Civil Veterinary Department. United Provinces 1912-22 - 1912-1922
Year: 1912
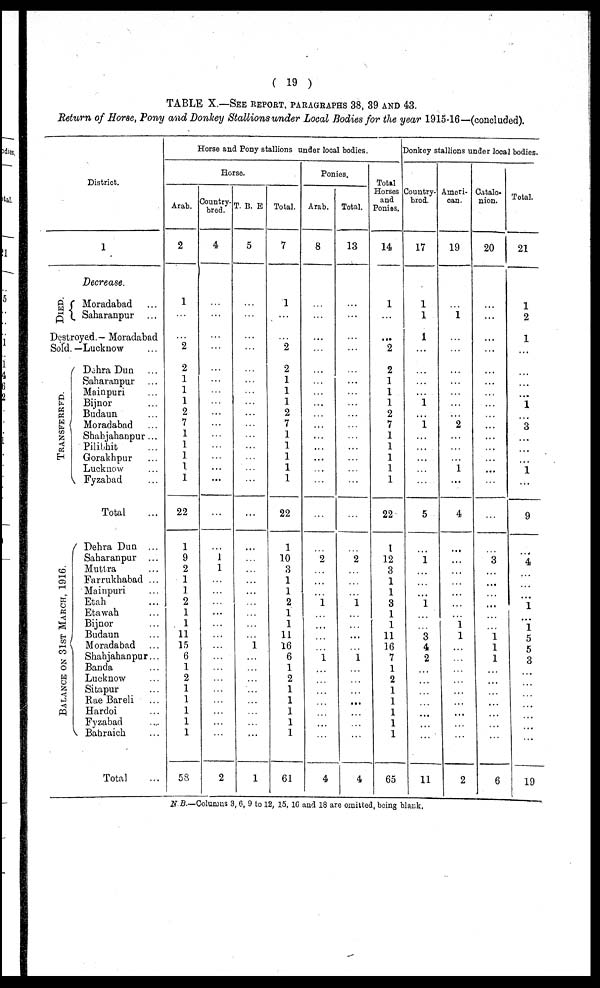
( 19 )
TABLE X.—SEE REPORT. PARAGRAPHS 38, 39 AND 43.
Return of Horse, Pony and Donkey Stallions under Local Bodies for the year 1915-16—(concluded).
District.
DIED.
1
Decrease.
Moradabad ...
Saharanpur ...
Destroyed.- Moradabad
Sold. —Lucknow ...
TRANSFERRED.
BALANCE ON 31ST MARCH, 1916.
Dehra Dun ...
Saharanpur ...
Mainpuri ...
Bijnor ...
Budaun ...
Moradabad ...
Shahjahanpur ...
Pilibhit ...
Gorakhpur ...
Lucknow ...
Fyzabad ...
Total ...
Dehra Dun ...
Saharanpur ...
Muttra ...
Farrukhabad ...
Mainpuri ...
Etah ...
Etawah ...
Bijnor ...
Budaun ...
Moradabad ...
Shahjahanpur...
Banda ...
Lucknow ...
Sitapur ...
Rae Bareli ...
Hardoi ...
Fyzabad ...
Bahraich ...
Total ...
Horse and Pony stallions under local bodies.
Horse.
Arab.
2
1
...
...
2
2
...
...
...
2
...
...
...
...
...
...
22
1
9
2
1
1
2
1
1
11
15
6
1
2
1
1
1
1
1
58
Country-
bred.
4
...
...
...
...
...
...
...
...
...
...
...
...
...
...
...
...
...
1
1
...
...
...
...
...
...
...
...
...
...
...
...
...
...
...
2
T. B. E
5
...
...
...
...
...
...
...
...
...
...
...
...
...
...
...
...
...
...
...
...
...
...
...
...
...
1
...
...
...
...
...
...
...
...
1
Total.
7
1
...
...
2
2
1
1
1
2
7
1
1
1
1
1
22
1
| 10
3
1
1
2
1
1
11
16
6
1
2
1
1
1
1
...
1 61
Ponies.
Arab.
8
...
...
...
...
...
...
...
...
...
...
...
...
...
...
...
...
...
2
...
...
...
1
...
...
...
...
1
...
...
...
...
...
...
...
4
Total.
13
...
...
...
...
...
...
...
...
...
...
...
...
...
...
...
...
...
2
...
...
...
1
...
...
...
...
1
...
...
...
...
...
...
...
4
Total
Horses
and
Ponies.
14
1
...
...
2
2
...
...
...
...
...
...
...
...
...
...
22
1
12
3
1
1
3
1
1
11
16
7
1
2
1
1
1
1
1
65
Donkey stallions under local bodies.
Country-
bred.
17
1
1
1
...
...
...
...
1
...
1
...
...
...
...
...
5
...
1
...
...
...
1
...
...
3
4
2
...
...
...
...
...
...
...
11
Ameri-
oan.
19
...
1
...
...
...
...
...
...
...
2
...
...
...
1
...
4
...
...
...
...
...
...
...
1
1
...
...
...
...
...
...
...
...
...
2
Catalo-
nion.
20
...
...
...
...
...
...
...
...
...
...
...
...
...
...
...
...
...
3
...
...
...
...
...
...
1
1
1
...
...
...
...
...
...
...
6
Total.
21
1
2
1
...
...
...
...
1
...
3
...
...
...
1
...
9
...
4
...
...
...
1
...
1
5
5
3
...
...
...
...
...
...
...
19
N. B.—Colunms 3, 6, 9 to 12, 15, 16 and 18 are omitted, being blank.